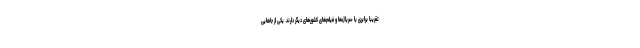
تقریبا برابری با سریال‌ها و فیلم‌های کشورهای دیگر دارند. یکی از جاهایی